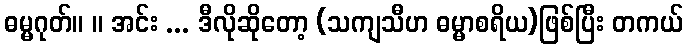
ဓမ္မဂုတ်။ ။ အင်း ... ဒီလိုဆိုတော့ (သကျသီဟ ဓမ္မာစရိယ)ဖြစ်ပြီး တကယ်